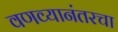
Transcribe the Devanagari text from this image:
वणव्यानंतरचा